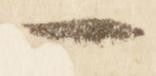
一